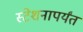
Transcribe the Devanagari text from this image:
स्टेशनापर्यंत